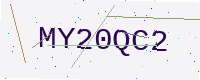
Text: MY20QC2